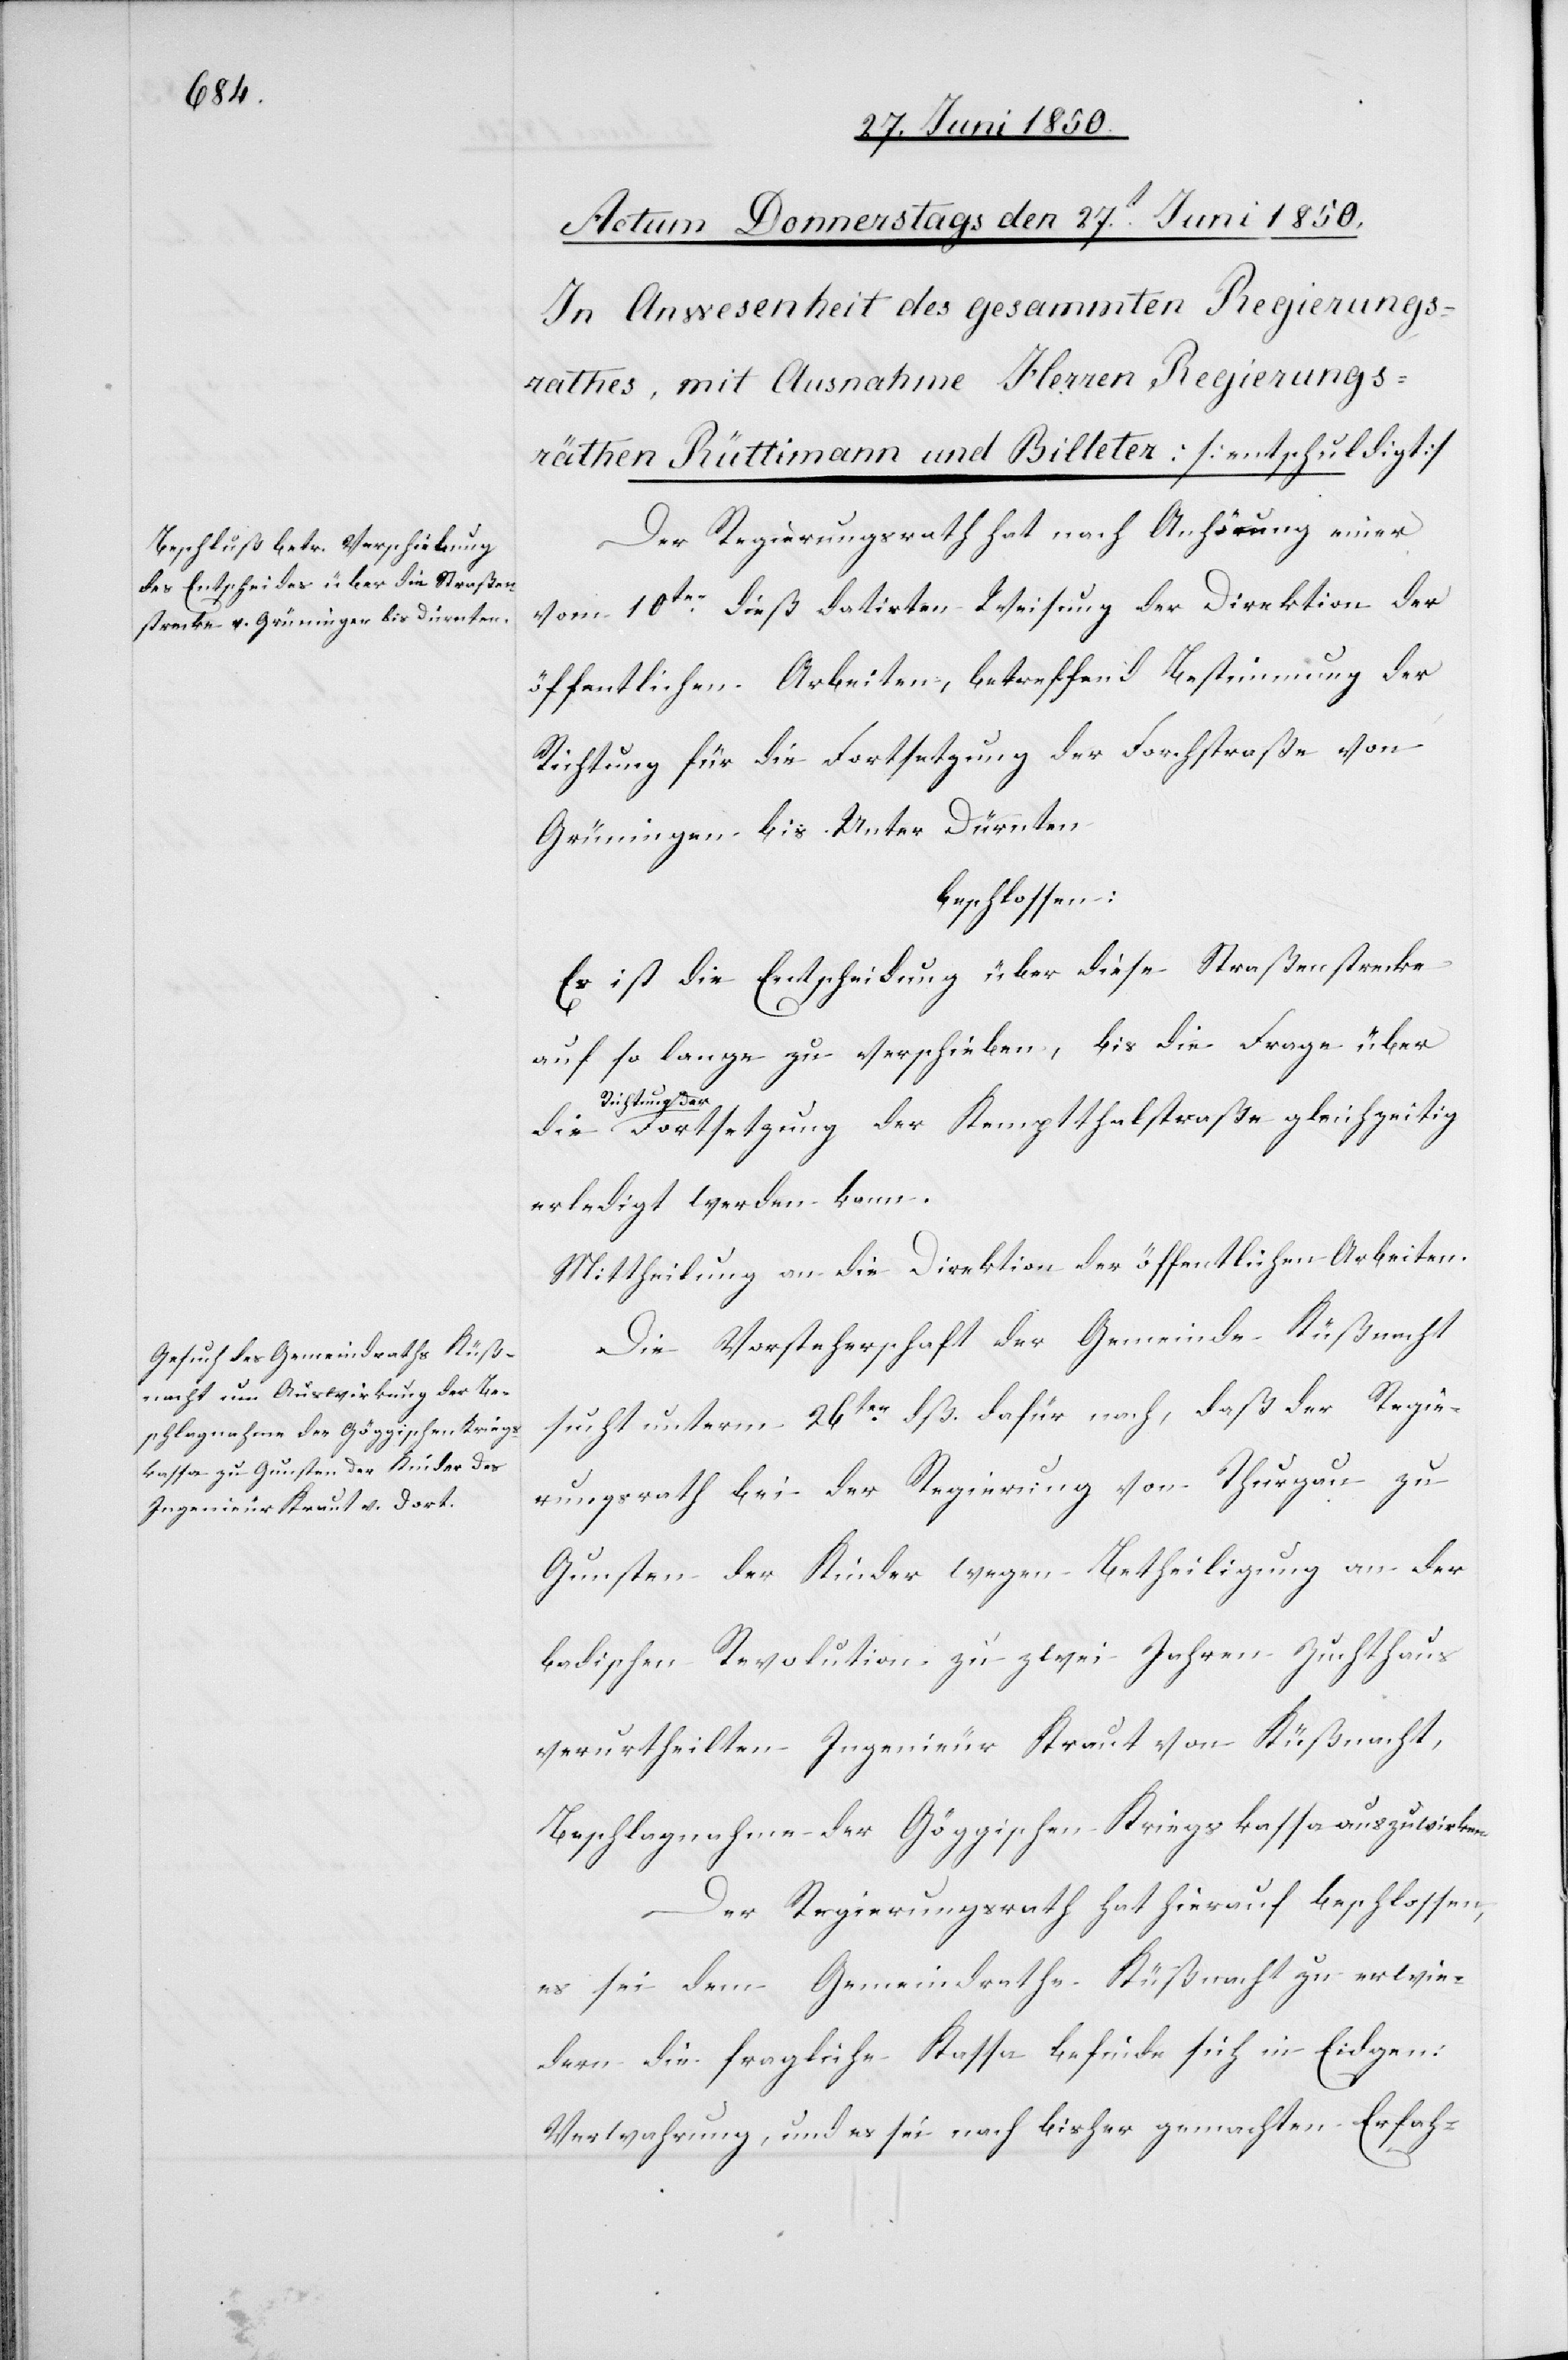
Der Regierungsrath hat nach Anhörung einer
vom 10ten dieß datirten Weisung der Direktion der
öffentlichen Arbeiten, betreffend Bestimmung der
Richtung für die Fortsetzung der Forchstraße von
Grüningen bis Unter Dürnten
beschlossen:
Es ist die Entscheidung über diese Straßenstrecke
auf so lange zu verschieben, bis die Frage über
Richtung der
Fortsetzung der Kemptthalstraße gleichzeitig
erledigt werden kann.
Mittheilung an die Direktion der öffentlichen Arbeiten.
Die Vorsteherschaft der Gemeinde Küßnacht
sucht unterm 28ten dß. dafür nach, daß der Regie¬
rungsrath bei der Regierung von Thurgau zu
Gunsten der Kinder [des] wegen Betheiligung an der
badischen Revolution zu zwei Jahren Zuchthaus
verurtheilten Ingenieur Kraut von Küßnacht,
Beschlagnahme der Göggischen Kriegskassa auszuwirken.
Der Regierungsrath hat hierauf beschlossen,
es sei dem Gemeindrathe Küßnacht zu erwie¬
dern die fragliche Kassa befinde sich in Eidgen:
Verwahrung, und es sei nach bisher gemachten Erfah-